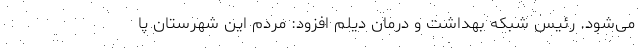
می‌شود. رئیس شبکه بهداشت و درمان دیلم افزود: مردم این شهرستان پا